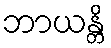
ဘာယန္တိ